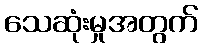
သေဆုံးမှုအတွက်